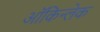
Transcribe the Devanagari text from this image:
ऑकिन्लेक